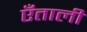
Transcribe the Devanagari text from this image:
एँताली